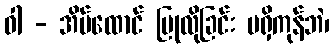
ဝါ - အိမ်ထောင် ပြုလိုခြင်း မရှိကုန်ဘဲ၊